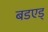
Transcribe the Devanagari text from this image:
बडएड्